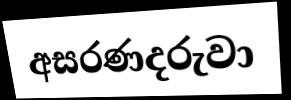
අසරණදරුවා